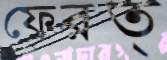
ফেরত্